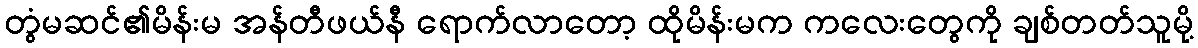
တွံမဆင်၏မိန်းမ အန်တီဖယ်နီ ရောက်လာတော့ ထိုမိန်းမက ကလေးတွေကို ချစ်တတ်သူမို့